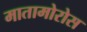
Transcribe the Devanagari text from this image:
मातामोरोस